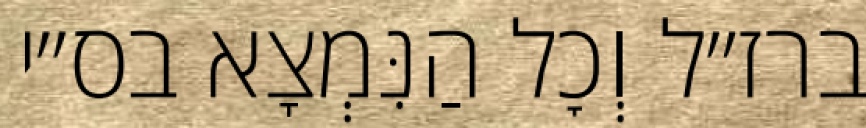
ברז״ל וְכׇל הַנִּמְצָא בס״י